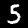
Digit: 5